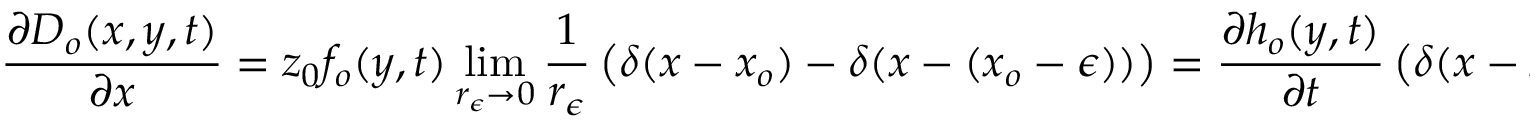
\frac { \partial D _ { o } ( x , y , t ) } { \partial x } = z _ { 0 } f _ { o } ( y , t ) \operatorname* { l i m } _ { r _ { \epsilon } \rightarrow 0 } \frac { 1 } { r _ { \epsilon } } \left( \delta ( x - x _ { o } ) - \delta ( x - ( x _ { o } - \epsilon ) ) \right) = \frac { \partial h _ { o } ( y , t ) } { \partial t } \left( \delta ( x - x _ { o } ) - \delta ( x - ( x _ { o } - \epsilon ) ) \right) ,